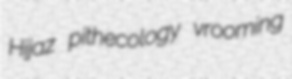
Hijaz pithecology vrooming